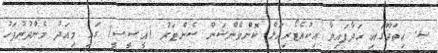
ސ. ހިތަދޫގައި ހަދާފައިވާ އިކުއެޓޯރިއަލް ކޮންވެންޝަން ސެންޓަރު (އީސީސީ) ގައި މިއަދު މެންދުރުފަހު